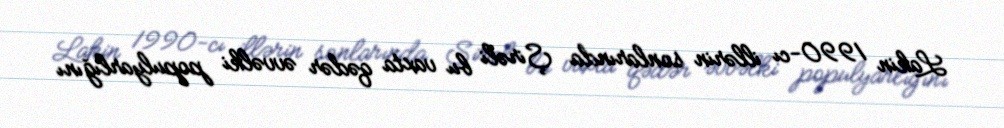
Lakin 1990-cı illərin sonlarında Şirəli bu vaxta qədər əvvəlki populyarlığını